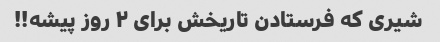
شیری که فرستادن تاریخش برای ۲ روز پیشه!!